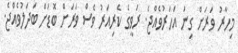
މިހާރު ވަރަށް ގިނަ އަހަރުވެއްޖެ. ރަވީގެ ކެރިއަރު ވެސް ވަރަށް ބޮޑަށް ބަދަލުވެއްޖެ.